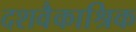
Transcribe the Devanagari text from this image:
दशवैकाश्रिक